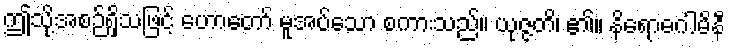
ဤသို့အစဉ်ရှိသဖြင့် ဟောတော် မူအပ်သော စကားသည်။ ယုဇ္ဇတိ၊ ၏။ နိရောဓဂါမိနီ